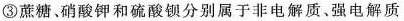
③蔗糖、硝酸钾和硫酸钡分别属于非电解质、强电解质